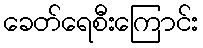
ခေတ်ရေစီးကြောင်း